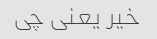
خیر یعنی چی